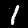
Label: 1